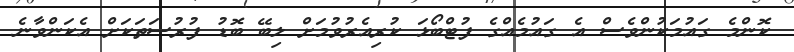
ކޮންމެ ގައުމަކުންވެސް އެ ގައުމެއްގެ ފުޓްބޯޅަ ކުރިއެރުވުމަށް ލިބޭ ބޮޑު ފުރުސަތަކަށް އެކަންވާނެ